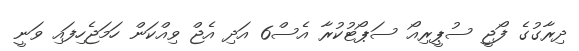
ދިރާގުގެ ފޯޖީ ސުޕީރިއޯ ސަޕޯޓުކުރާ އެސް6 އަދި އެޖް ވިއްކަން ހަމަޖެހިފައި ވަނީ